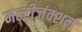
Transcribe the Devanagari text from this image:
मल्टीजंक्शन